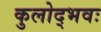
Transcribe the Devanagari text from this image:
कुलोद्भवः